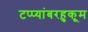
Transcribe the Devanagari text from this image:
टप्प्यांबरहुकूम